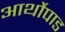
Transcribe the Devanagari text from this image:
आर्थोपाड